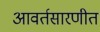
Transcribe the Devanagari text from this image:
आवर्तसारणीत